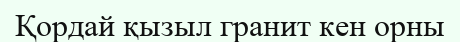
Қордай қызыл гранит кен орны